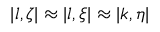
| l , \zeta | \approx | l , \xi | \approx | k , \eta |